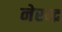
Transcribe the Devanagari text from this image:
नेरन्द्र